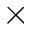
\times